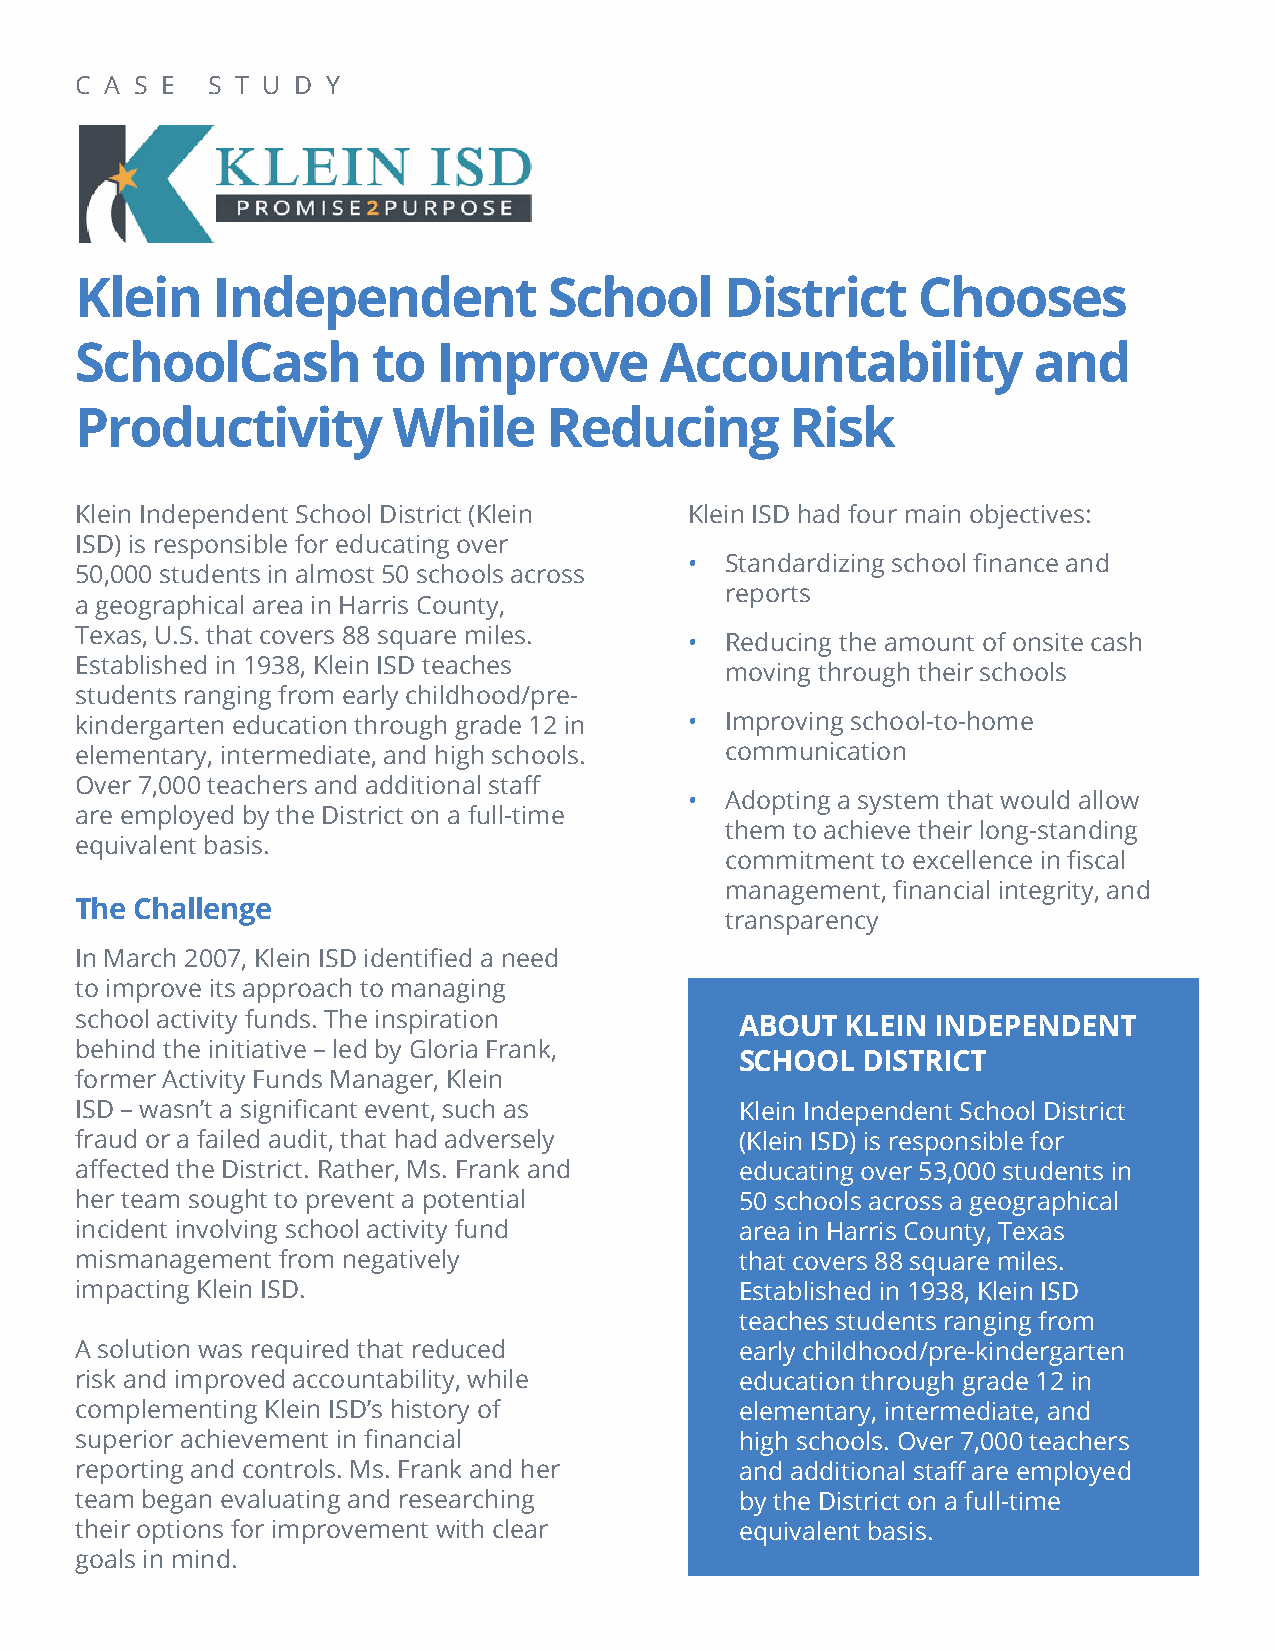
C A S E  S T U D Y
 Klein    Independent           School      District     Chooses
 SchoolCash          to  Improve        Accountability          and
 Productivity         While     Reducing        Risk
 Klein Independent School District (Klein Klein ISD had four main objectives:
 ISD) is responsible for educating over
 • Standardizing school finance and
 50,000 students in almost 50 schools across
 reports
 a geographical area in Harris County,
 Texas, U.S. that covers 88 square miles.
 • Reducing the amount of onsite cash
 Established in 1938, Klein ISD teaches
 moving through their schools
 students ranging from early childhood/pre-
 kindergarten education through grade 12 in • Improving school-to-home
 elementary, intermediate, and high schools. communication
 Over 7,000 teachers and additional staff
 • Adopting a system that would allow
 are employed by the District on a full-time
 them to achieve their long-standing
 equivalent basis.
 commitment to excellence in fiscal
 management, financial integrity, and
 The Challenge
 transparency
 In March 2007, Klein ISD identified a need
 to improve its approach to managing
 school activity funds. The inspiration      ABOUT  KLEIN INDEPENDENT
 behind the initiative – led by Gloria Frank,
 SCHOOL  DISTRICT
 former Activity Funds Manager, Klein
 ISD – wasn’t a significant event, such as   Klein Independent School District
 fraud or a failed audit, that had adversely (Klein ISD) is responsible for
 affected the District. Rather, Ms. Frank and educating over 53,000 students in
 her team sought to prevent a potential      50 schools across a geographical
 incident involving school activity fund     area in Harris County, Texas
 mismanagement from negatively               that covers 88 square miles.
 impacting Klein ISD.                        Established in 1938, Klein ISD
 teaches students ranging from
 A solution was required that reduced        early childhood/pre-kindergarten
 risk and improved accountability, while     education through grade 12 in
 complementing Klein ISD’s history of        elementary, intermediate, and
 superior achievement in financial           high schools. Over 7,000 teachers
 reporting and controls. Ms. Frank and her   and additional staff are employed
 team began evaluating and researching       by the District on a full-time
 their options for improvement with clear    equivalent basis.
 goals in mind.